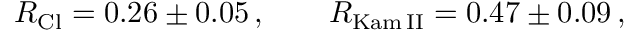
R _ { \mathrm { C l } } = 0 . 2 6 \pm 0 . 0 5 \, , \qquad R _ { \mathrm { K a m \, I I } } = 0 . 4 7 \pm 0 . 0 9 \, ,